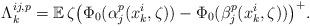
LaTeX: \begin{align*}\Lambda^{i j, p}_k = \mathbb E\, \zeta \big( \Phi_0(\alpha_{j}^p (x_k^{i},\zeta)) - \Phi_0(\beta_{j}^p(x_k^{i},\zeta))\big)^{+} .\end{align*}